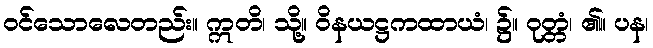
ဝင်သောလေတည်း။ ဣတိ၊ သို့။ ဝိနယဋ္ဌကထာယံ၊ ၌။ ဝုတ္တံ၊ ၏။ ပန၊